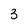
Character: 3